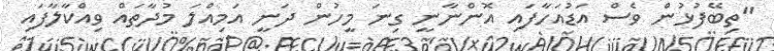
"ތިބޭފުޅުން ވެސް އަޑުއަހާފައި އޮންނާނީ ގިނަ މީހުން ދަނީ އަމިއްލަ މުދާތައް ވިއްކާލާފައި